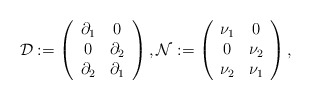
\begin{align*}\mathcal{D} := \left(\begin{array}{cc}\partial_{1} & 0 \\0 & \partial_{2} \\\partial_{2} & \partial_{1}\end{array}\right), \mathcal{N} := \left(\begin{array}{cc}\nu_{1} & 0 \\0 & \nu_{2} \\\nu_{2} & \nu_{1}\end{array}\right), \end{align*}